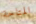
المتاحة